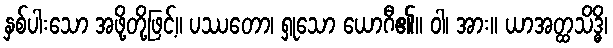
နှစ်ပါးသော အဖို့တို့ဖြင့်။ ပဿတော၊ ရှုသော ယောဂီ၏။ ဝါ၊ အား။ ယာအတ္ထသိဒ္ဓိ၊